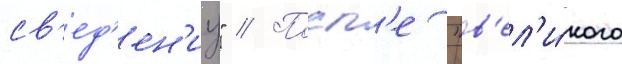
св'ед'ен'иу" // Посл'е "в'ел'и́кого